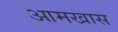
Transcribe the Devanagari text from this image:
आमखास